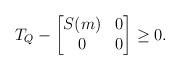
LaTeX: \begin{align*} T_Q - \begin{bmatrix} S(m) & 0\\ 0 & 0 \end{bmatrix} \geq 0.\end{align*}